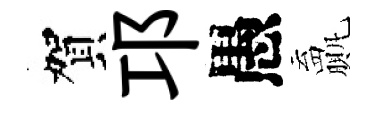
賀邛愚贏